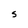
Character: S